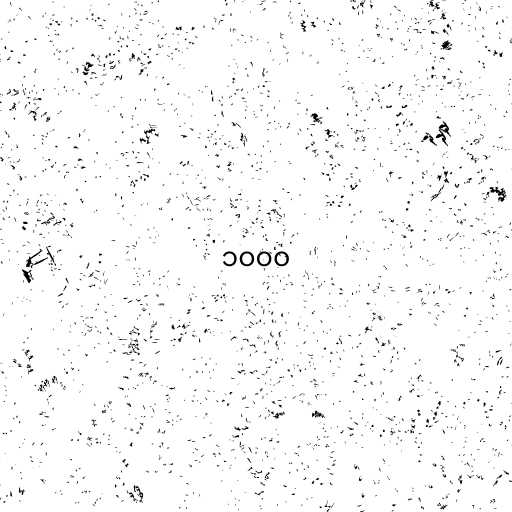
၁၀၀၀